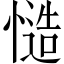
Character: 慥